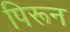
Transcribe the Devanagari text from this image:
पिरून